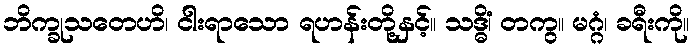
ဘိက္ခုသတေဟိ၊ ငါးရာသော ရဟန်းတို့နှင့်။ သဒ္ဓိံ၊ တကွ။ မဂ္ဂံ၊ ခရီးကို။